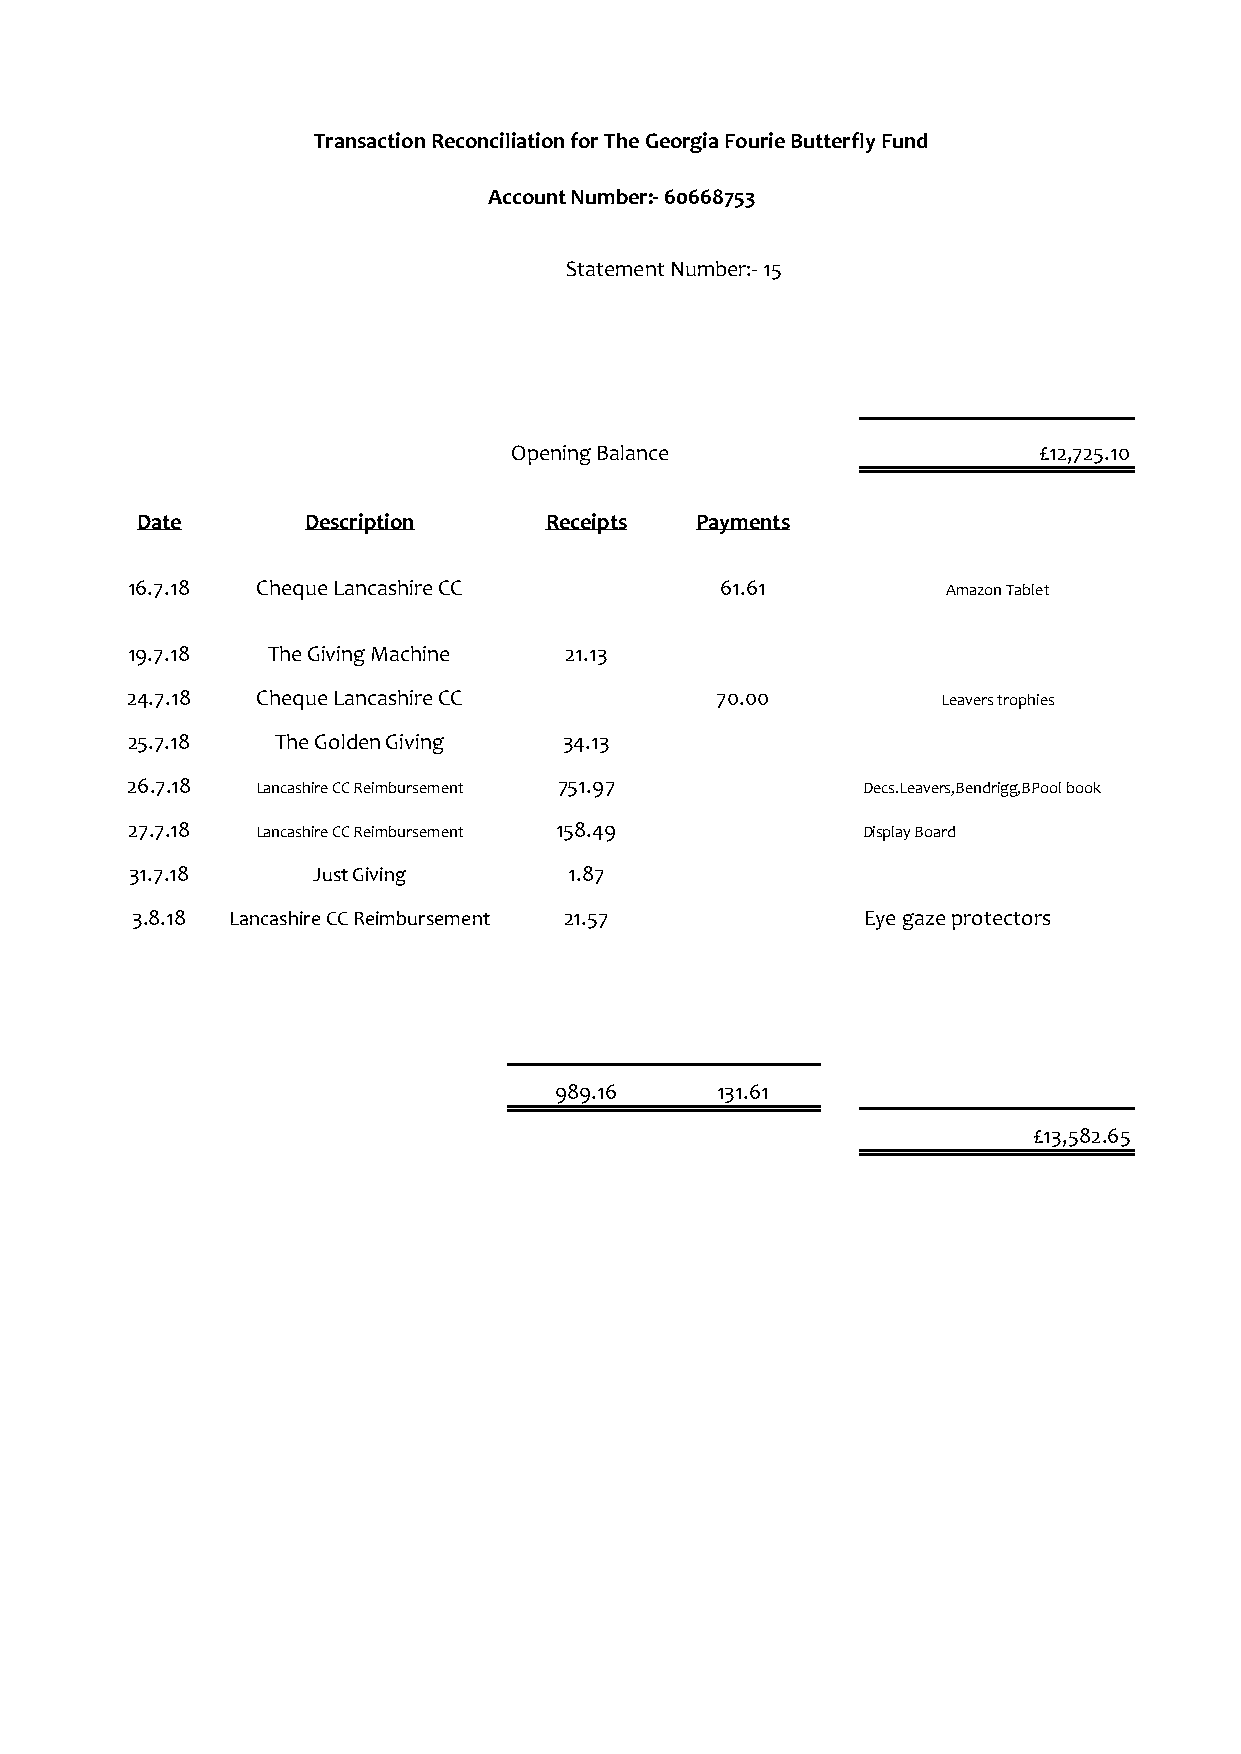
Transaction Reconciliation for The Georgia Fourie Butterfly Fund
 Account Number:- 60668753
 Statement Number:- 15
 Opening Balance                    £12,725.10
 Date       Description     Receipts  Payments
 16.7.18  Cheque Lancashire CC           61.61          Amazon Tablet
 19.7.18   The Giving Machine 21.13
 24.7.18  Cheque Lancashire CC          70.00          Leavers trophies
 25.7.18   The Golden Giving  34.13
 26.7.18  Lancashire CC Reimbursement 751.97      Decs.Leavers,Bendrigg,BPool book
 27.7.18  Lancashire CC Reimbursement 158.49      Display Board
 31.7.18     Just Giving      1.87
 3.8.18 Lancashire CC Reimbursement 21.57        Eye gaze protectors
 989.16    131.61
 £13,582.65